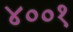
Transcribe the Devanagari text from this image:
४००१